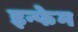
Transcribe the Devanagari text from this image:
इन्फेम